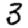
Digit: 3